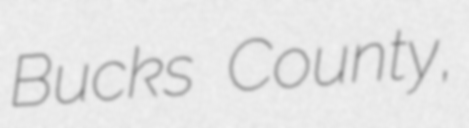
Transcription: Bucks County,